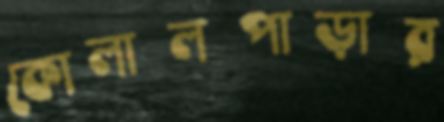
কোলালপাড়ার